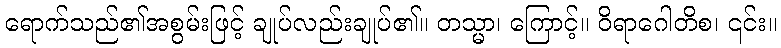
ရောက်သည်၏အစွမ်းဖြင့် ချုပ်လည်းချုပ်၏။ တသ္မာ၊ ကြောင့်။ ဝိရာဂေါတိစ၊ ၎င်း။